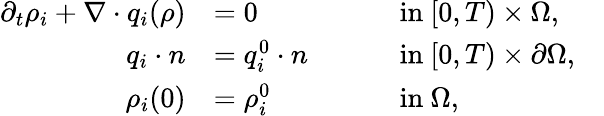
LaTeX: \begin{array}{rlrlr}{\partial_{t}\rho_{i}+\nabla\cdot q_{i}(\rho)}&{=0}&{\quad}&{\mathrm{~in~}[0,T)\times\Omega,}\\ {q_{i}\cdot n}&{=q_{i}^{0}\cdot n}&{\quad}&{\mathrm{~in~}[0,T)\times\partial\Omega,}\\ {\rho_{i}(0)}&{=\rho_{i}^{0}}&{\quad}&{\mathrm{~in~}\Omega,}&\end{array}